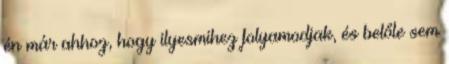
én már ahhoz, hogy ilyesmihez folyamodjak, és belőle sem